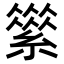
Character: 𦅪